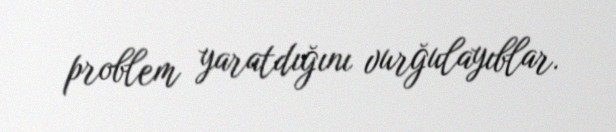
problem yaratdığını vurğulayıblar.